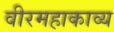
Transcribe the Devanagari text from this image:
वीरमहाकाव्य